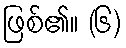
ဖြစ်၏။ (၆)